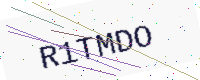
Text: R1TMDO